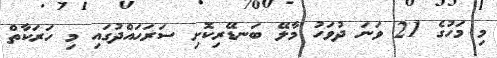
މި މަހުގެ 21 ވަނަ ދުވަހު މާލޭ ބަނޑޭރިކޮށި ސަރަޙައްދުގައި މި ހަރަކާތް